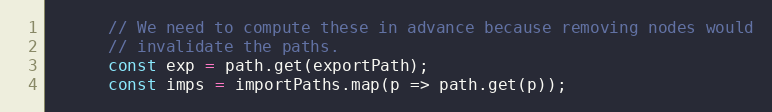
Language: JavaScript
      // We need to compute these in advance because removing nodes would
      // invalidate the paths.
      const exp = path.get(exportPath);
      const imps = importPaths.map(p => path.get(p));